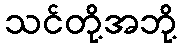
သင်တို့အဘို့